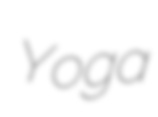
Yoga